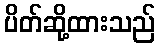
ပိတ်ဆို့ထားသည်